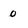
Character: 0